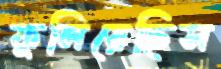
ফুলিয়েছিস